Report on sanitation, dispensaries, and jails in Rajputana for 1916, and on vaccination for the year 1916-1917 - 1916-1917
Year: 1916
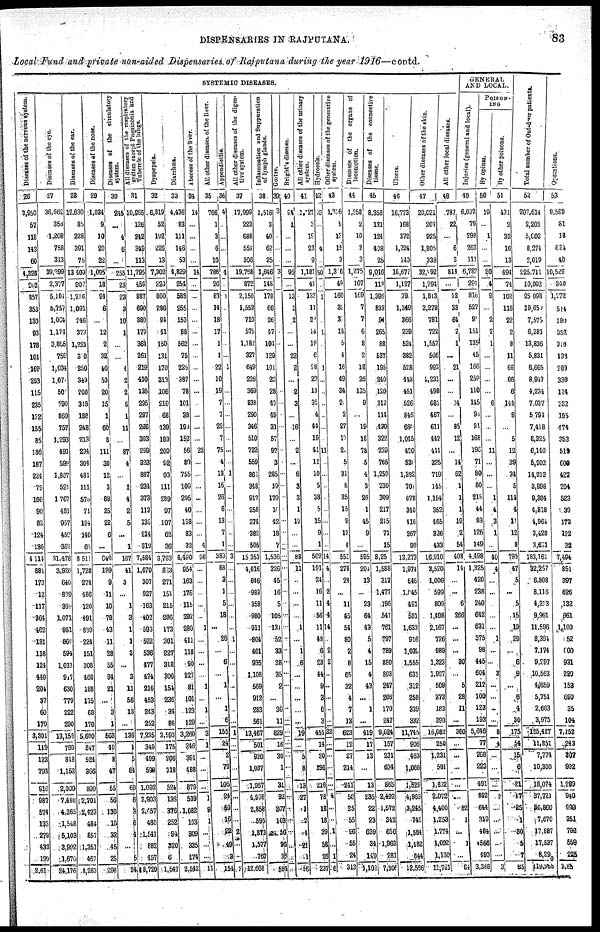
DISPENSARIES IN RAJPUTANA.
83
Local Fund and private non-aided Dispensaries of Rajputana during the year 1916—contd.
SYSTEMIC DISEASES.
Diseases of the nervous system.
26
3,950
57
118
143
60
4,328
202
857
353
130
93
178
101
168
253
115
235
122
155
85
186
187
224
79
160
90
82
124
186
4,114
881
173
12
117
364
462
131
118
124
440
204
37
60
179
3,301
119
123
793
916
987
574
133
276
433
190
2,610
Diseases of the eye.
27
36,662
358
1,208
758
313
39,299
2,377
5,101
5,757
1,084
1,174
3,855
759
1,034
1,074
50
790
869
757
1,298
491
599
1,867
521
1,767
431
957
452
362
31,478
3,926
640
809
389
1,071
981
860
594
1,031
917
630
779
222
290
13,159
799
818
1,152
2,000
7,488
4,365
1,548
5,103
3,902
1,670
24,176
Diseases of the ear.
28
12,630
85
228
391
75
13,403
907
1,216
1,091
246
373
1,221
30
250
343
208
318
188
248
213
234
301
481
111
576
71
194
140
65
8,511
1,728
274
486
120
491
839
224
151
308
468
188
175
68
170
5,690
247
524
366
890
2,701
2,423
484
857
1,351
467
8,283
Diseases of the nose.
29
1,034
9
10
20
22
1,095
18
94
6
...
12
2
32
40
53
20
15
1
60
8
111
30
12
3
88
25
22
6
...
640
199
9
11
10
78
43
11
28
55
94
21
...
3
1
563
40
8
47
55
56
130
10
32
45
25
298
Diseases of the circulatory
system.
30
245
...
4
6
...
255
23
23
3
10
1
4
2
2
6
1
11
...
87
4
...
1
4
2
5
...
1
167
41
3
...
1
3
1
1
3
...
3
11
56
13
...
136
1
5
64
69
6
8
6
4
...
5
24
All
diseases of the respiratory
system except Pneumonia and
Tuberele of the lungs.
31
10,965
128
242
349
113
11,795
459
887
690
380
179
364
261
219
410
135
295
297
256
303
299
323
887
234
373
113
135
214
313
7,584
1,670
307
927
163
402
593
522
536
477
474
216
453
243
252
7,235
349
499
598
1,092
2,903
2,457
480
1,541
882
457
8,720
Dyspepsia.
32
6,819
52
192
226
13
7,302
220
800
286
94
41
150
131
170
313
106
210
68
139
189
209
92
93
111
289
97
107
62
36
3,793
823
271
151
215
296
173
301
227
318
306
154
236
34
88
3,593
175
206
318
524
136
376
252
94
320
6
1,547
Diarrhœa.
33
4,436
83
111
146
53
4,829
254
583
255
153
88
562
75
225
387
78
101
38
193
152
56
89
755
109
295
40
138
83
32
4,490
954
163
176
115
292
280
411
118
80
227
81
101
123
129
3,260
246
391
488
879
539
1,082
103
809
335
174
2,542
Abscess of the liver.
34
14
...
...
...
...
14
...
...
...
...
...
...
...
...
...
...
...
...
...
...
22
...
...
...
...
...
...
4
26
...
...
...
...
1
...
...
...
...
1
...
1
3
1
1
...
...
...
1
9
1
...
...
...
11
All other diseases of the liver.
35
766
1
3
6
10
786
26
83
14
18
17
1
1
22
10
19
7
7
22
7
75
4
13
16
26
6
13
7
1
383
88
3
1
5
18
...
26
...
6
...
1
...
1
6
155
24
2
79
105
24
40
16
22
49
...
154
Appendictius.
36
4
...
...
...
...
4
...
1
...
...
...
...
...
1
...
...
...
...
...
...
...
...
1
...
...
...
...
...
...
3
...
...
...
...
...
...
1
...
...
...
...
...
...
...
1
...
...
...
...
...
...
...
2
...
...
2
All other diseases of the diges-
tive system.
37
17,999
223
688
552
306
19,758
872
2,150
1,553
710
575
1,182
327
649
226
363
838
290
346
510
722
559
863
348
917
258
374
382
505
15,353
4,016
646
983
358
960
911
804
401
935
1,108
569
912
283
561
13,467
501
920
1,037
1,957
4,938
2,858
595
1,873
1,577
767
12,668
Inflammation and Suppuration
of lymph glands.
38
1,516
3
40
62
25
1,646
148
178
66
26
47
104
129
101
22
28
47
49
31
57
97
3
285
19
170
10
42
18
7
1,536
326
45
16
5
105
13l
52
33
38
35
2
30
11
829
16
30
1
31
92
207
103
50
96
38
584
Goitre.
39
3
...
...
...
...
3
...
...
...
...
...
...
...
...
...
...
...
...
...
...
...
...
...
...
...
...
...
...
...
...
...
...
...
...
...
...
...
...
...
...
...
...
...
...
...
...
...
...
...
...
...
...
...
...
...
...
Bright's diseases.
40
94
1
...
...
95
...
13
1
2
...
...
22
2
...
2
3
...
16
...
2
...
6
3
3
1
12
...
...
88
11
...
...
...
...
1
...
1
6
...
...
...
...
...
...
...
5
8
13
27
1
2
4
21
1
56
All other diseases of the urinary
system.
41
1,127
3
19
23
9
1,181
41
133
11
23
14
16
6
28
23
11
35
4
44
19
41
11
10
5
38
5
15
9
1
502
191
24
16
11
56
11
48
6
23
44
9
3
6
3
451
14
20
196
216
78
18
18
39
58
26
237
Hydrocele.
42
16
...
...
4
...
50
...
1
...
...
1
...
...
1
...
...
...
...
...
...
11
1
...
...
...
...
...
...
...
14
4
...
2
4
4
14
...
2
2
...
...
...
...
...
32
...
...
...
...
4
...
...
1
...
1
6
Other diseases of the generative
system.
43
1, 316
9
13
15
3
1,316
49
160
32
3
18
5
4
16
49
34
2.
2
27
17
23
5
31
8
25
15
9
12
4
553
278
24
...
11
45
54
80
2
8
65
32
4
7
13
623
12
27
214
241
58
25
55
96
55
24
313
Diseases of the organs of
locomotion.
44
1,258
2
10
2
3
1,275
107
169
7
7
6
8
2
18
26
135
9
...
19
18
78
5
4
3
26
1
45
9
595
204
13
...
23
64
43
5
4
15
4
43
...
1
...
419
17
13
...
13
235
22
23
639
34
149
1, 102
Diseases of the connective
tissue.
45
8,358
131
124
408
25
9,016
118
1,395
833
94
265
88
537
195
240
120
312
114
430
322
233
765
1,250
230
309
217
215
71
15
8,25
1,588
317
1,477
196
541
761
797
789
880
808
247
206
170
247
9,024
157
231
634
865
2,492
1,572
342
656
1,963
281
7,306
Ulcers.
46
16,773
168
372
1,224
140
18,677
1,127
79
1,349
366
239
524
382
528
443
451
526
845
660
1,045
420
330
1,382
701
678
340
416
267
98
13,273
1,971
646
l,045
491
581
1.633
916
1,032
1,555
631
312
258
339
332
11,745
906
463
1,066
1,529
4,963
3,245
742
1,584
1,182
844
12,556
Other diseases of the skin.
47
29,021
203
925
1,805
333
32,292
1,294
1,813
2,278
781
722
1,557
506
993
1,231
498
681
467
611
442
411
325
719
145
1,154
352
465
326
433
16,910
3,520
1,006
599
809
1,498
2,167
726
989
1,323
1,987
509
373
183
393
16,082
250
1,231
591
1,822
2,072
4,400
1,253
1,774
1.092
1,130
11,721
All other local diseases.
48
787
22
...
6
3
818
...
22
33
64
2
1
...
21
...
14
...
85
12
...
14
62
1
1
1
19
2
54
408
14
...
...
6
266
...
...
...
30
...
5
28
11
...
360
...
...
...
...
...
82
1
...
1
...
...
GENERAL
AND LOCAL.
Injuries (general and local).
49
6,032
79
298
263
111
6,783
291
816
527
95
151
135
45
166
259
110
145
93
21
168
196
71
80
80
215
44
83
126
149
4,498
1,325
420
238
240
642
631
375
98
445
604
212
100
123
193
5,646
77
268
223
491
882
644
319
484
566
493
3,388
POISON¬
ING
By opium.
50
19
...
1
...
...
20
4
9
...
2
2
1
...
...
...
6
...
...
...
11
...
...
1
4
3
1
...
40
4
...
...
...
...
...
1
...
...
3
...
...
...
8
8
4
...
...
...
3
...
...
...
...
...
3
By other poisons.
51
431
2
32
16
13
494
74
102
116
22
2
8
11
66
66
6
141
8
...
5
12
39
34
5
114
4
11
12
8
795
47
5
...
5
15
19
29
...
6
9
...
6
4
30
175
54
15
6
21
17
25
1
80
6
7
85
Total number of Out-door patients.
52
207,614
2,202
5,002
8,274
2,019
225,711
10,092
25,098
19,650
7,575
6,261
13,836
5,831
6,665
8,917
4,234
7,037
5,791
7,418
8,325
6,140
5,902
14,212
3,998
9,384
4,818
4,961
3,428
3,631
183,161
32,257
6,808
8,116
4,213
9,961
11,596
8,394
7,174
9,297
10,563
4,659
5,751
2,663
3,975
125,427
11,851
7,774
10,300
18,074
37,721
30,860
7,670
17,887
17,537
8,290
119,965
Operations.
53
9,589
81
18
634
40
10,529
340
1,272
544
180
352
310
131
289
336
124
332
195
474
353
519
609
422
204
523
39
173
122
32
7,494
851
397
626
132
661
1,100
052
600
931
220
153
690
35
104
7,152
243
307
992
1,283
940
999
351
783
558
225
3,85